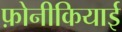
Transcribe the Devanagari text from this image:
फ़ोनीकियाई